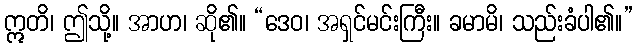
ဣတိ၊ ဤသို့။ အာဟ၊ ဆို၏။ “ဒေဝ၊ အရှင်မင်းကြီး။ ခမာမိ၊ သည်းခံပါ၏။”